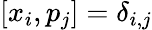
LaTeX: [x_{i},p_{j}]=\delta_{i,j}